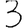
Digit: 3